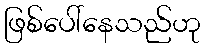
ဖြစ်ပေါ်နေသည်ဟု